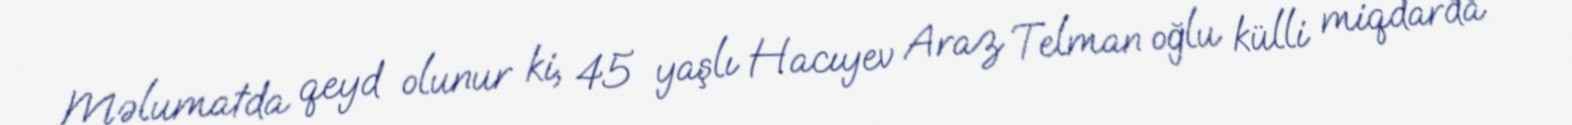
Məlumatda qeyd olunur ki, 45 yaşlı Hacıyev Araz Telman oğlu külli miqdarda